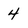
Character: 4